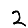
Digit: 2